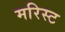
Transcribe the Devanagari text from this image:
मरिस्ट